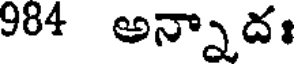
984 అన్నాదః